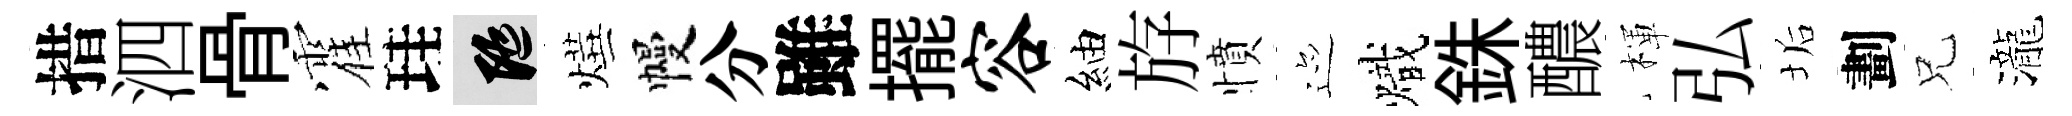
措泗骨霍珪隨燁幔分雖擺容紬斿憤迹熾銖醲楎弘垢劃兄瀧